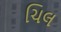
ચિલ